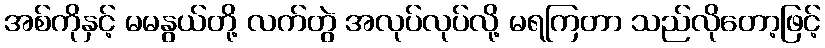
အစ်ကိုနှင့် မမနွယ်တို့ လက်တွဲ အလုပ်လုပ်လို့ မရကြတာ သည်လိုတော့ဖြင့်